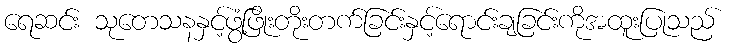
ရေဆင်း သုတေသနနှင့်ဖွံ့ဖြိုးတိုးတက်ခြင်းနှင့်ရောင်းချခြင်းကိုအထူးပြုသည်